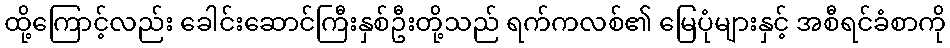
ထို့ကြောင့်လည်း ခေါင်းဆောင်ကြီးနှစ်ဦးတို့သည် ရက်ကလစ်၏ မြေပုံများနှင့် အစီရင်ခံစာကို